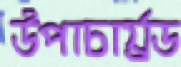
উপাচার্য্রড